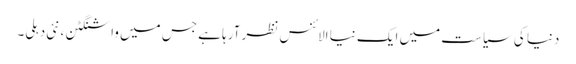
دنیا کی سیاست میں ایک نیا الائنس نظر آرہا ہے جس میں واشنگٹن ،نئی دہلی۔